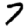
Digit: 7